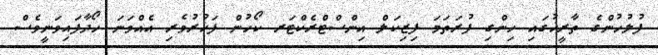
ފުލުހުންގެ ތާރީޚުގައި ހިންގި ފުރަތަމަ ފިޒިކަލް އިންސްޓްރެކްޓަރ ކޯހުން ފަޚުރުވެރި އެއްވަނަ ހޯދާފައިވަނީވެސް